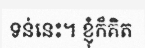
ទន់នេះ។ ខ្ញុំក៏គិត